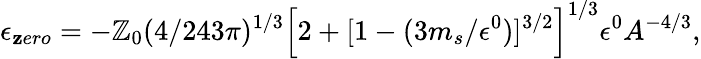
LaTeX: \epsilon_{\mathbf{z}ero}=-\mathbb{Z}_{0}(4/243\pi)^{1/3}\left[2+[1-(3m_{s}/\epsilon^{0})]^{3/2}\right]^{1/3}\epsilon^{0}A^{-4/3},